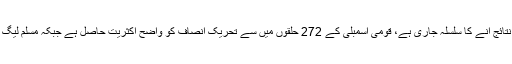
خیال رہے کہ ملک بھر میں عام انتخابات کے نتائج آنے کا سلسلہ جاری ہے، قومی اسمبلی کے 272 حلقوں میں سے تحریک انصاف کو واضح اکثریت حاصل ہے جبکہ مسلم لیگ ن دوسرے اور پیپلزپارٹی تیسرے نمبر پر ہے۔